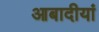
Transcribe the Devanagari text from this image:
आबादीयां